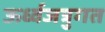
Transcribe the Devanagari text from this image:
ऊर्ध्वजत्रुगत